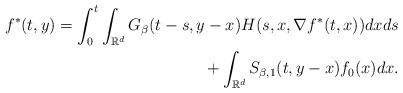
\begin{align*}f^{*}(t,y)=\int_{0}^{t}\int_{\mathbb{R}^{d}}G_{\beta}(t-s, y-x)H(s,x,\nabla f^{*}(t,x))dx ds \\+ \int_{\mathbb{R}^{d}}S_{\beta, 1}(t, y-x)f_{0}(x)dx.\end{align*}